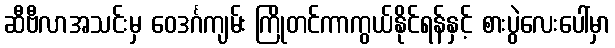
ဆီဗီလာအသင်းမှ ဝေဒင်္ဂကျမ်း ကြိုတင်ကာကွယ်နိုင်ရန်နှင့် စားပွဲလေးပေါ်မှာ